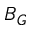
B _ { G }